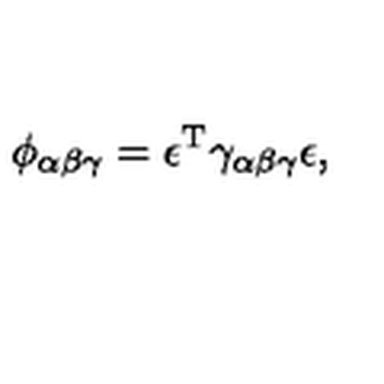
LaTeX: \phi _ { \alpha \beta \gamma } = \epsilon ^ { \mathrm { T } } \gamma _ { \alpha \beta \gamma } \epsilon ,